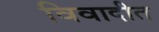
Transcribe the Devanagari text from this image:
विवादीत